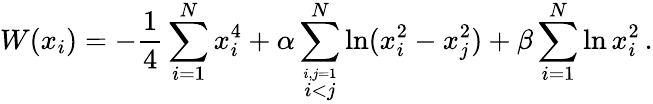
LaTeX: W(x_{i})=-\frac{1}{4}\sum_{i=1}^{N}x_{i}^{4}+\alpha\sum_{\stackrel{i,j=1}{i<j}}^{N}\ln(x_{i}^{2}-x_{j}^{2})+\beta\sum_{i=1}^{N}\ln x_{i}^{2}\, .